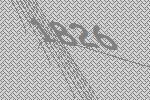
1826